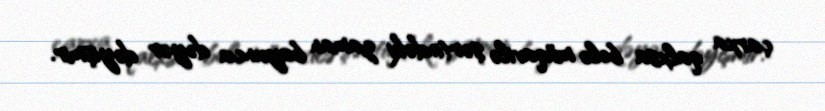
çarxa qalxsa belə müqavilə şərtindəki zaman boyunca dəyər dəyişmir.